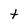
Character: t